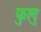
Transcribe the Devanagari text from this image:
फुलु